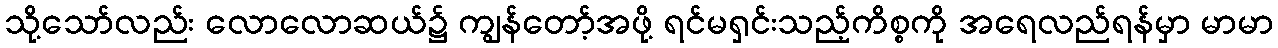
သို့သော်လည်း လောလောဆယ်၌ ကျွန်တော့်အဖို့ ရင်မရှင်းသည့်ကိစ္စကို အရေလည်ရန်မှာ မာမာ